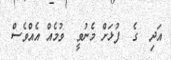
އަދި  ގެ  ފުޅަށް މެނުވީ  ވުމެއް އެއްވެސް